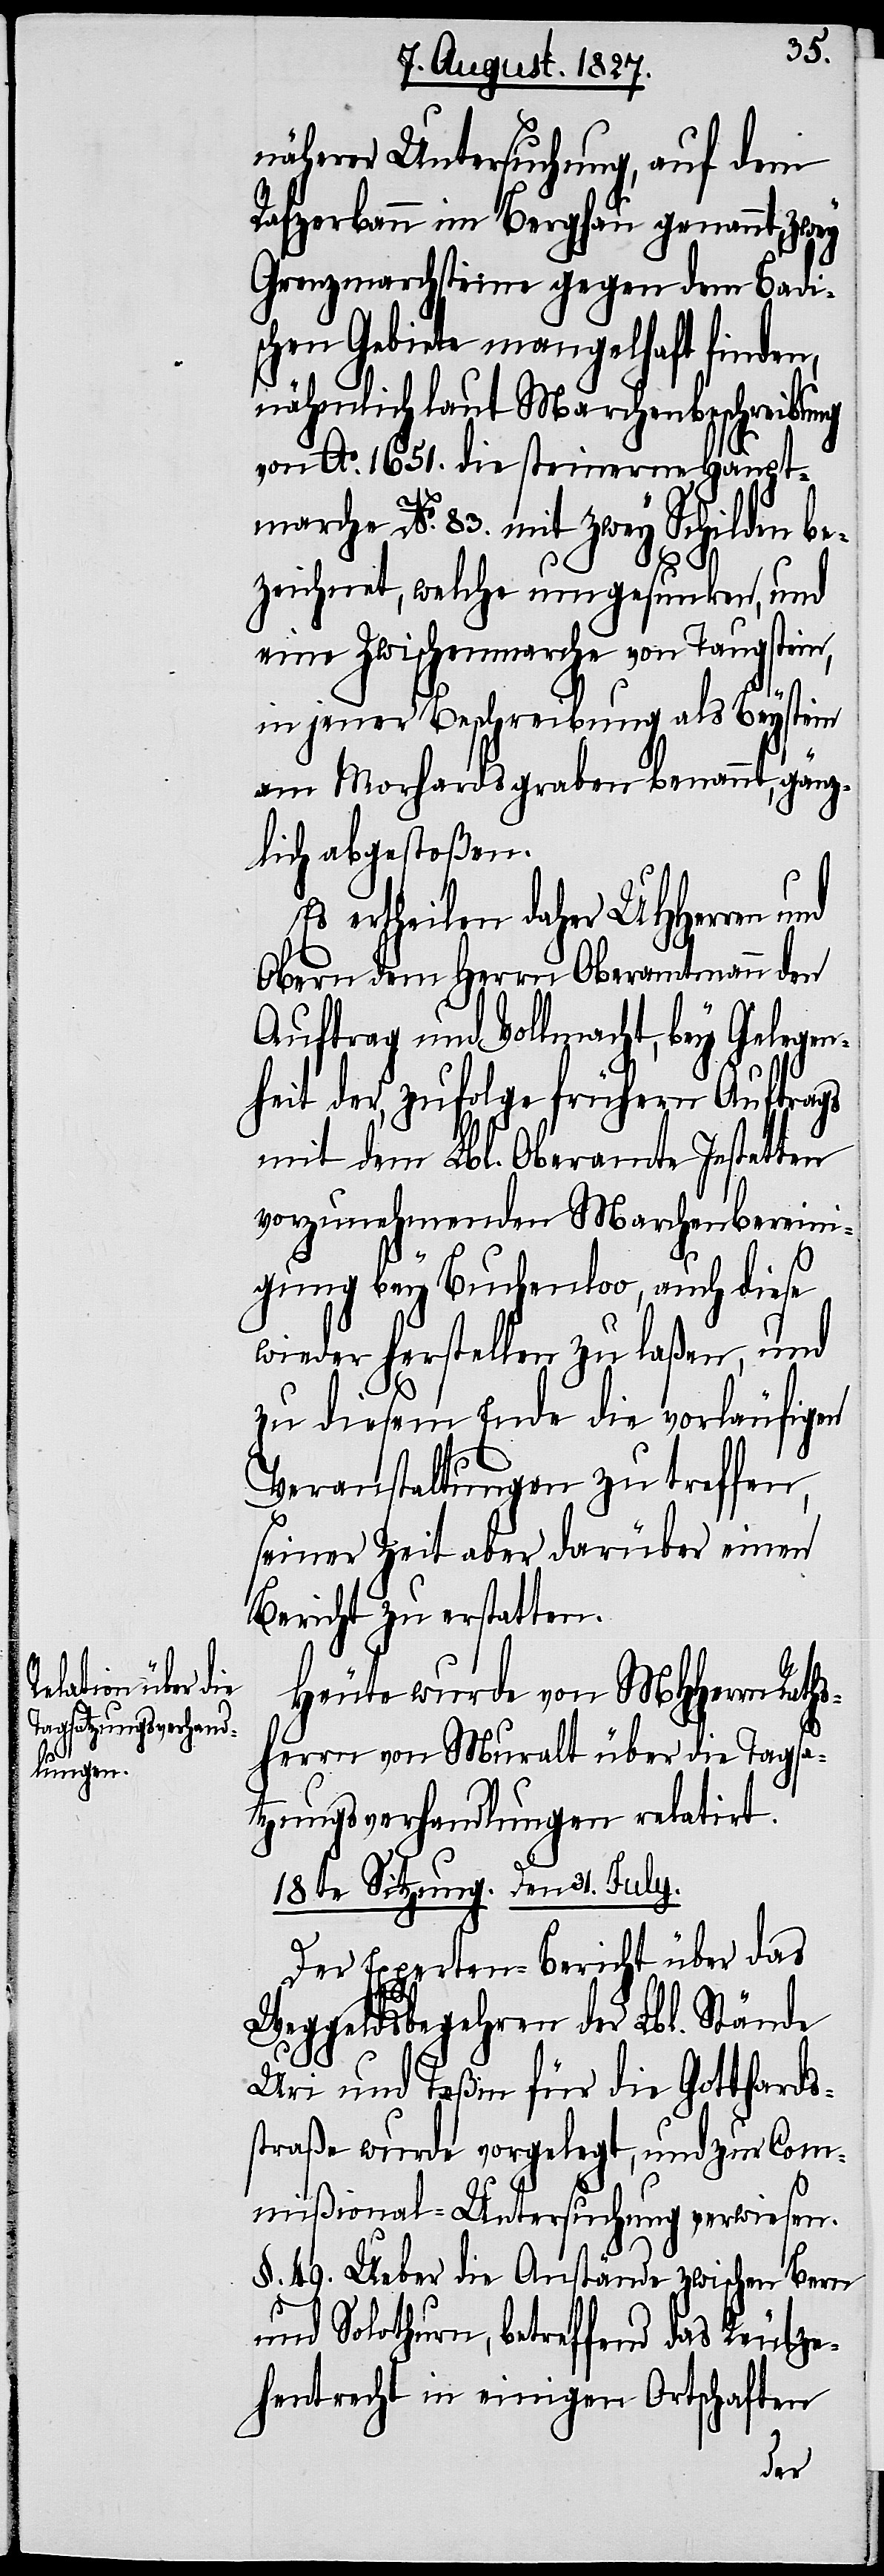
näherer Untersuchung, auf dem
Rafzerbann im Berghau genannt, zwey
Grenzmarchsteine gegen dem Badi¬
schen Gebiete mangelhaft finden,
nähmlich laut Marchenbeschreibung
von Ao. 1651. die steinerne Haupt¬
marche No. 83. mit zwey Schilden be¬
zeichnet, welche umgesunken, und
eine Zwischenmarche von Taugstein,
in jener Beschreibung als Beystein
am Morhardsgraben benannt, gänz¬
lich abgestoßen.
Es ertheilen daher UHHerren
Obern dem Herrn Oberamtmann den
Auftrag und Vollmacht, bey Gelegen¬
heit der, zufolge frühern Auftrags
mit dem Lbl. Oberamte Instetten
vorzunehmenden Marchenbereini¬
gung bey Buchenloo, auch diese
wieder herstellen zu laßen, und
zu diesem Ende die vorläufigen
Veranstaltungen zu treffen,
seiner Zeit aber darüber einen
Bericht zu erstatten.
Heute wurde von MHHerrn Rath¬
sherrn von Muralt über die Tagsa¬
tzungsverhandlungen relatirt.
18te Sitzung. Den 31. July.
Der Experten-Bericht über das
Weggeldsbegehren der Lbl. Stände
Uri und Teßin für die Gotthards¬
straße wurde vorgelegt, und zur Com¬
mißional-Untersuchung verwiesen.
§. 49. Ueber die Anstände zwischen Bern
und Solothurn, betreffend das Reutze¬
hentrecht in einigen Ortschaften